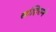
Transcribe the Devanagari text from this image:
सव्र्हिसने